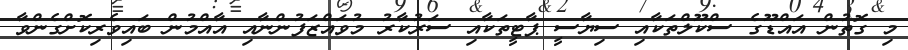
މި ގޮތުން އައްޑޫގެ ސްކޫލްތަކާއި ސިޔާސީ ޕާޓީތަކާއި ސަރުކާރު މުވައްޒަފުންނާއި އާއްމުން ބައިވެރިކޮށްގެންވާ